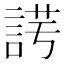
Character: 𧨄